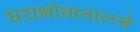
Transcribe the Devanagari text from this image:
घराभोवातालचे